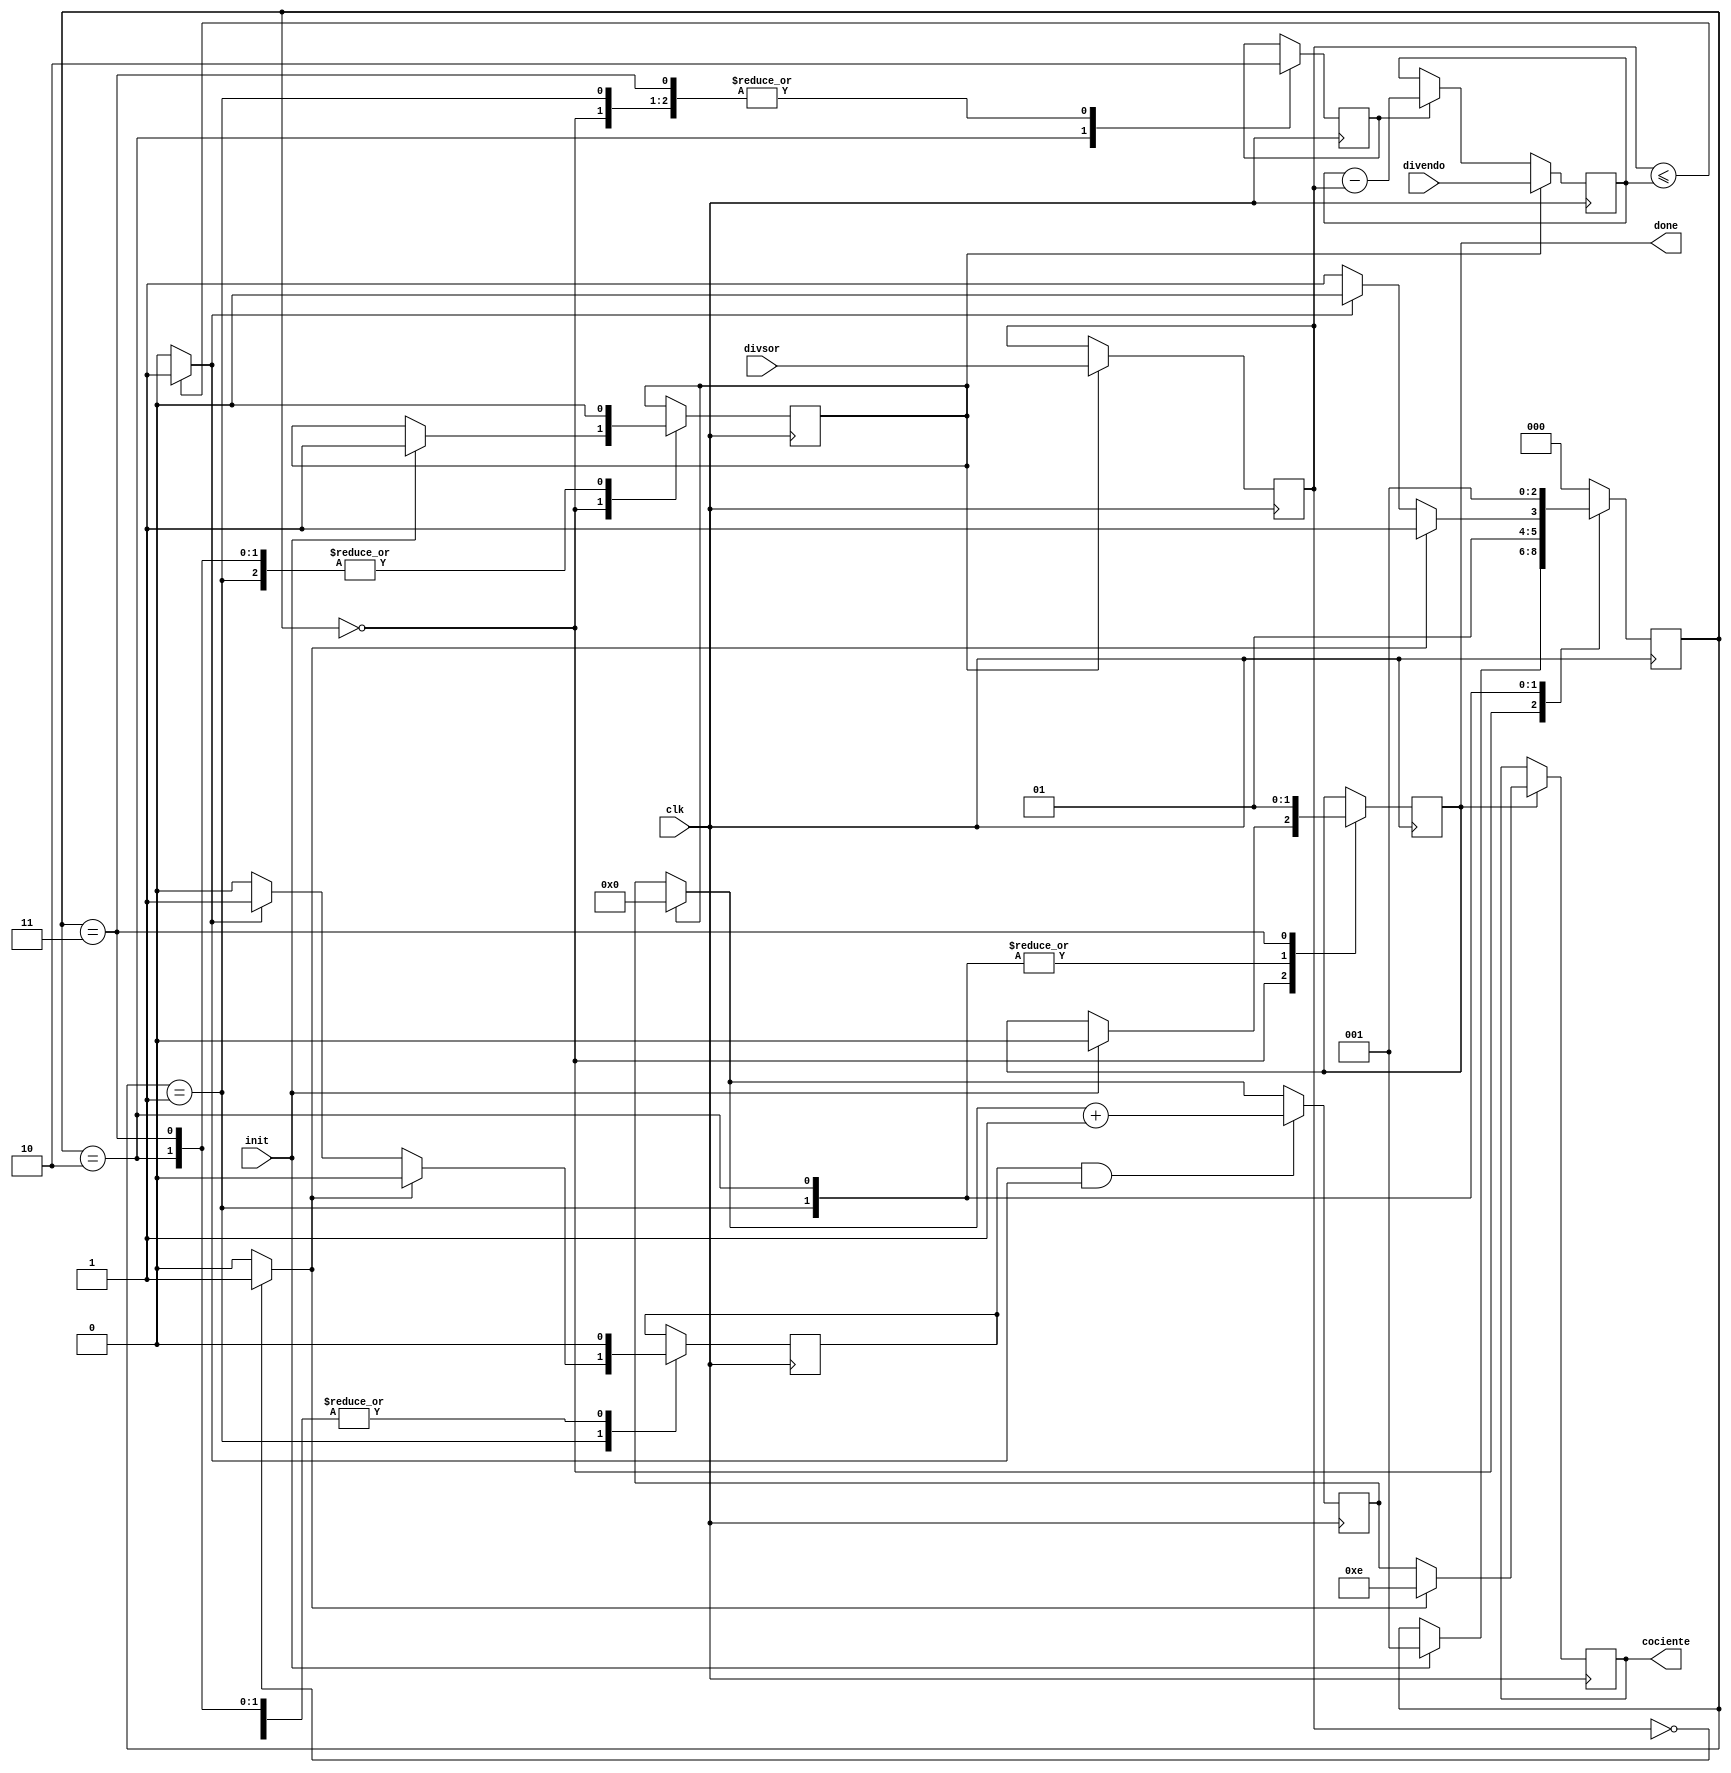
module divisor(input init,
					input [3:0] divendo,
					input [3:0] divsor,
					input clk,
					output reg [3:0] cociente,
					output reg done
					);

reg [3:0] A, B;     //residuo, divisor
reg [3:0] n;		//cuenta restas - cociente
reg [2:0] status;
reg resta, reset;
reg contar;

wire count, error;
assign count = (B <= A)?1:0;
assign error = (B == 4'b0000)?1:0;


//DATAPATH
always @(negedge clk)begin
    if(reset) begin
		A = divendo[3:0];
		B = divsor[3:0];
		n = 0;
	end else if (resta) begin
			A = A - B;
	end
	
	if (contar && count) begin
			n = n + 1;
	end
end

//Bloque valor final
always @(negedge clk) begin
	if (done) begin
	   if (error) begin
	       cociente = 4'b1110; //e - error
	   end else begin
	       cociente = n;
	   end
	end
end

//FMS
parameter START = 0, CHECK = 1,RESTA = 2, END = 3;
always @(posedge clk) begin
	case(status)
		START: begin
			resta <= 0;
			contar <= 0;
			if(init) begin
				done <= 0;
				reset <= 1;
				status <= CHECK;
			end
		end

		CHECK : begin
			resta <= 0;
			done <= 0;
			reset <= 0;
			if (error) begin
                contar <= 0;
				status <= END;
            end else if (count)begin
                contar <= 1;
				status <= RESTA;
			end else begin
			    contar <= 0;
				status <= END;
			end
		end
		
		RESTA: begin
			resta <= 1;
			contar <= 0;
			done <= 0;
			reset <= 0;
			status <= CHECK;
		end
		
		END: begin
			resta <= 0;
			contar <= 0;
			done <= 1;
			reset <= 0;
			status <= START;			
		end
		
		default: status <= START;
	endcase
end

endmodule